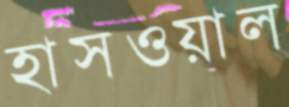
হাসওয়াল